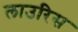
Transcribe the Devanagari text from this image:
लाउरिस